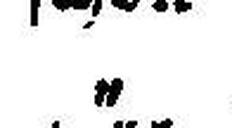
„